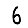
Digit: 6